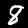
Label: 8